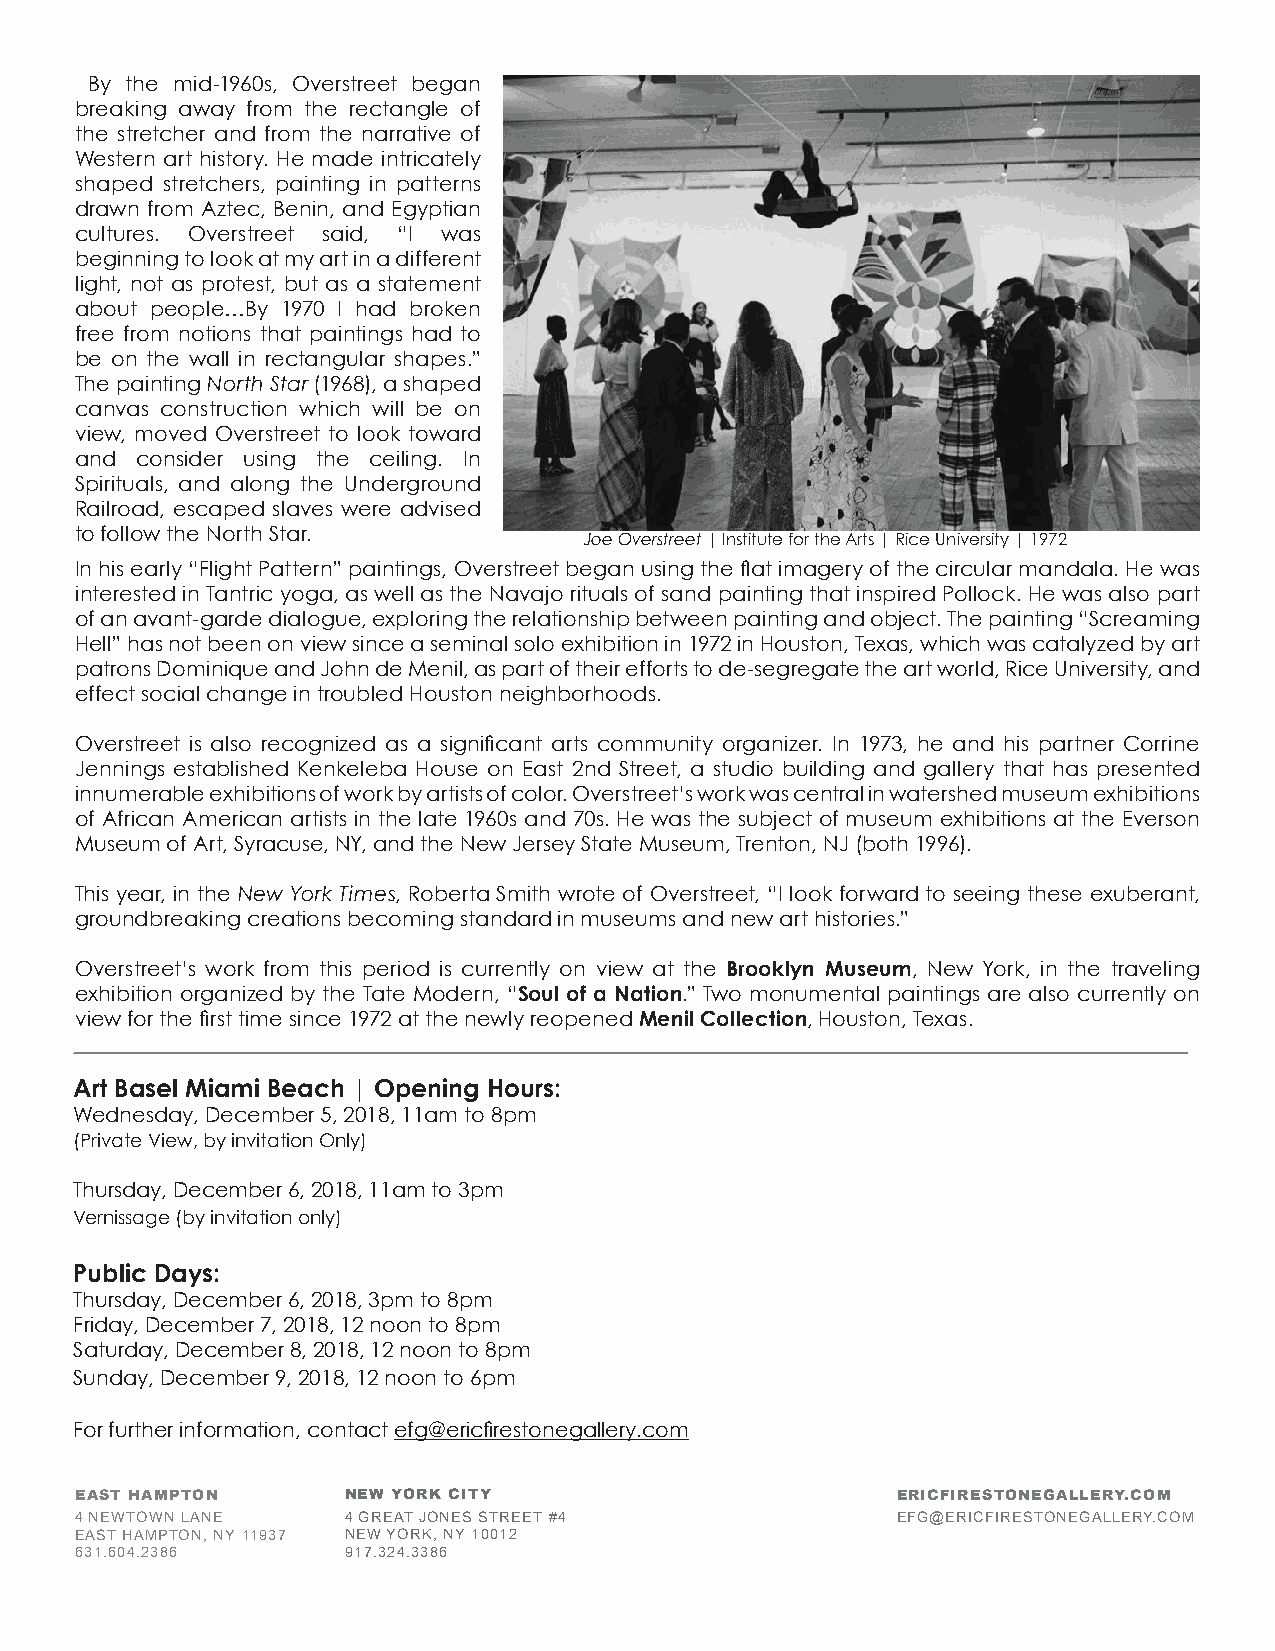
By the mid-1960s, Overstreet began
 breaking away from the rectangle of
 the stretcher and from the narrative of
 Western art history. He made intricately
 shaped stretchers, painting in patterns
 drawn from Aztec, Benin, and Egyptian
 cultures. Overstreet said, “I was
 beginning to look at my art in a different
 light, not as protest, but as a statement
 about people…By 1970 I had broken
 free from notions that paintings had to
 be on the wall in rectangular shapes.”
 The painting North Star (1968), a shaped
 canvas construction which will be on
 view, moved Overstreet to look toward
 and consider using the ceiling. In
 Spirituals, and along the Underground
 Railroad, escaped slaves were advised
 to follow the North Star.
 Joe Overstreet | Institute for the Arts | Rice University | 1972
 In his early “Flight Pattern” paintings, Overstreet began using the flat imagery of the circular mandala. He was
 interested in Tantric yoga, as well as the Navajo rituals of sand painting that inspired Pollock. He was also part
 of an avant-garde dialogue, exploring the relationship between painting and object. The painting “Screaming
 Hell” has not been on view since a seminal solo exhibition in 1972 in Houston, Texas, which was catalyzed by art
 patrons Dominique and John de Menil, as part of their efforts to de-segregate the art world, Rice University, and
 effect social change in troubled Houston neighborhoods.
 Overstreet is also recognized as a significant arts community organizer. In 1973, he and his partner Corrine
 Jennings established Kenkeleba House on East 2nd Street, a studio building and gallery that has presented
 innumerable exhibitions of work by artists of color. Overstreet’s work was central in watershed museum exhibitions
 of African American artists in the late 1960s and 70s. He was the subject of museum exhibitions at the Everson
 Museum of Art, Syracuse, NY, and the New Jersey State Museum, Trenton, NJ (both 1996).
 This year, in the New York Times, Roberta Smith wrote of Overstreet, “I look forward to seeing these exuberant,
 groundbreaking creations becoming standard in museums and new art histories.”
 Overstreet’s work from this period is currently on view at the Brooklyn Museum, New York, in the traveling
 exhibition organized by the Tate Modern, “Soul of a Nation.” Two monumental paintings are also currently on
 view for the first time since 1972 at the newly reopened Menil Collection, Houston, Texas.
 Art Basel Miami Beach | Opening Hours:
 Wednesday, December 5, 2018, 11am to 8pm
 (Private View, by invitation Only)
 Thursday, December 6, 2018, 11am to 3pm
 Vernissage (by invitation only)
 Public Days:
 Thursday, December 6, 2018, 3pm to 8pm
 Friday, December 7, 2018, 12 noon to 8pm
 Saturday, December 8, 2018, 12 noon to 8pm
 Sunday, December 9, 2018, 12 noon to 6pm
 For further information, contact efg@ericfirestonegallery.com
 EAST HAMPTON      NEW YORK CITY                       ERICFIRESTONEGALLERY.COM
 4 NEWTOWN LANE    4 GREAT JONES STREET #4             EFG@ERICFIRESTONEGALLERY.COM
 EAST HAMPTON, NY 11937 NEW YORK, NY 10012
 631.604.2386      917.324.3386